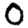
Digit: 0